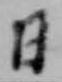
日